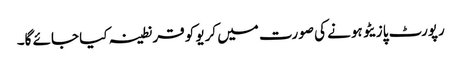
رپورٹ پازیٹو ہونے کی صورت میں کریو کو قرنطینہ کیا جائے گا۔